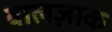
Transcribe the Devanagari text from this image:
बालज़ाक